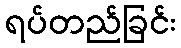
ရပ်တည်ခြင်း